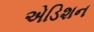
એડિશન